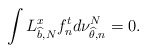
\begin{align*}\int L_{\widehat b, N}^x f_n^t d\nu_{\widehat \theta, n}^N=0.\end{align*}